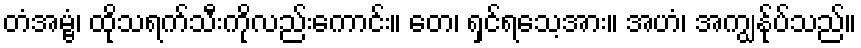
တံအမ္ဗံ၊ ထိုသရက်သီးကိုလည်းကောင်း။ တေ၊ ရှင်ရသေ့အား။ အဟံ၊ အကျွန်ုပ်သည်။